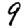
Digit: 9